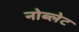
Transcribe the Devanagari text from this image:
नोब्लेट